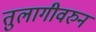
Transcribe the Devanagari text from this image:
तुलागीवरुन